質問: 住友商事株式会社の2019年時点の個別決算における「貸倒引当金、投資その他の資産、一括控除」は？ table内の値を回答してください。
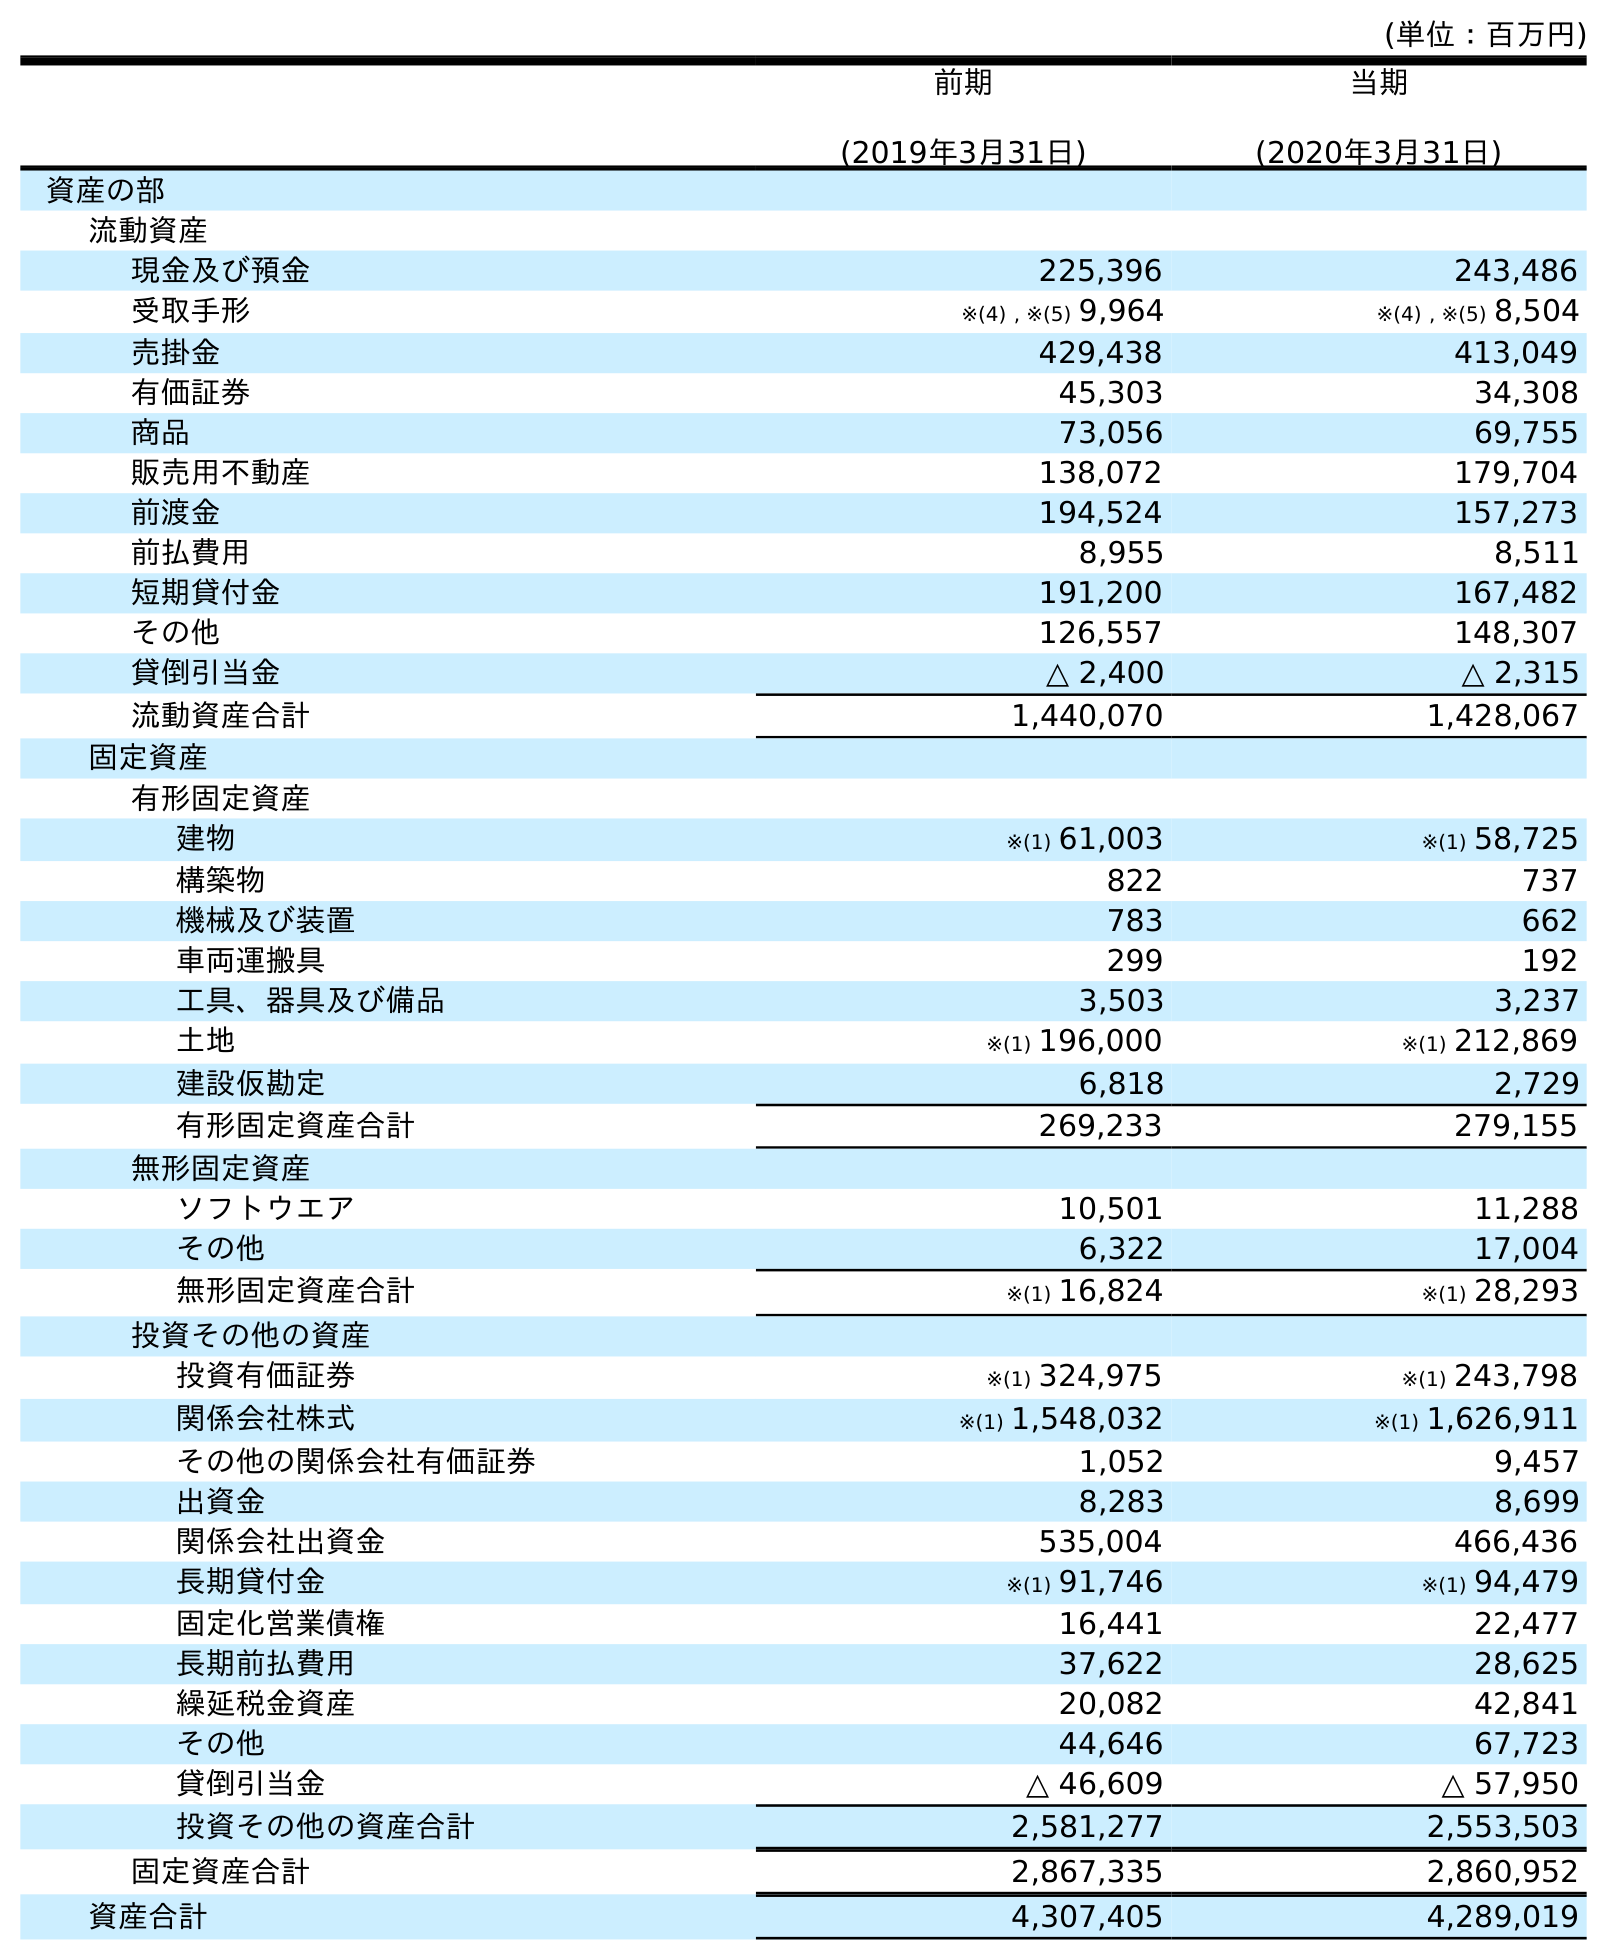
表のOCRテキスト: (単位：百万円) 前期 (2019年3月31日) 当期 (2020年3月31日) 資産の部 流動資産 現金及び預金 225,396 243,486 受取手形 ※(4) , ※(5) 9,964 ※(4) , ※(5) 8,504 売掛金 429,438 413,049 有価証券 45,303 34,308 商品 73,056 69,755 販売用不動産 138,072 179,704 前渡金 194,524 157,273 前払費用 8,955 8,511 短期貸付金 191,200 167,482 その他 126,557 148,307 貸倒引当金 △ 2,400 △ 2,315 流動資産合計 1,440,070 1,428,067 固定資産 有形固定資産 建物 ※(1) 61,003 ※(1) 58,725 構築物 822 737 機械及び装置 783 662 車両運搬具 299 192 工具、器具及び備品 3,503 3,237 土地 ※(1) 196,000 ※(1) 212,869 建設仮勘定 6,818 2,729 有形固定資産合計 269,233 279,155 無形固定資産 ソフトウエア 10,501 11,288 その他 6,322 17,004 無形固定資産合計 ※(1) 16,824 ※(1) 28,293 投資その他の資産 投資有価証券 ※(1) 324,975 ※(1) 243,798 関係会社株式 ※(1) 1,548,032 ※(1) 1,626,911 その他の関係会社有価証券 1,052 9,457 出資金 8,283 8,699 関係会社出資金 535,004 466,436 長期貸付金 ※(1) 91,746 ※(1) 94,479 固定化営業債権 16,441 22,477 長期前払費用 37,622 28,625 繰延税金資産 20,082 42,841 その他 44,646 67,723 貸倒引当金 △ 46,609 △ 57,950 投資その他の資産合計 2,581,277 2,553,503 固定資産合計 2,867,335 2,860,952 資産合計 4,307,405 4,289,019
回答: △46,609